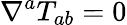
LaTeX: \nabla^{a}T_{ab}=0